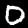
Label: 0